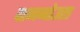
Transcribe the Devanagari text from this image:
दाननोउरा